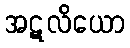
အဋလိယော